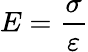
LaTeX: E={\frac{\sigma}{\varepsilon}}